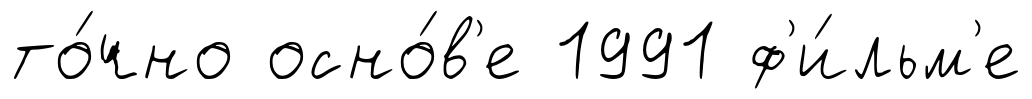
то́чно осно́в'е 1991 ф'и́льм'е